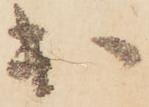
出